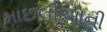
માછલીઓની